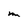
Character: m